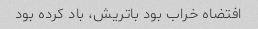
افتضاه خراب بود باتریش، باد کرده بود